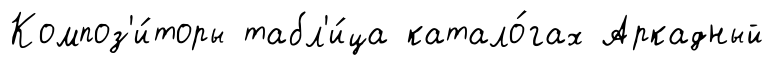
Композ'и́торы табл'и́ца катало́гах Аркадный